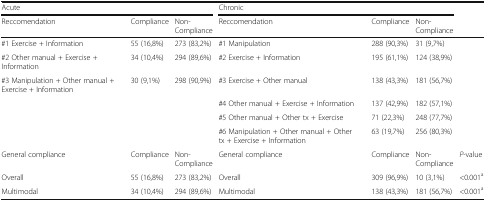
<table><thead><tr><td colspan="3"><b>Acute</b></td><td colspan="3"><b>Chronic</b></td><td></td></tr><tr><td><b>Reccomendation</b></td><td><b>Compliance</b></td><td><b>Non-Compliance</b></td><td><b>Reccomendation</b></td><td><b>Compliance</b></td><td><b>Non-Compliance</b></td><td></td></tr></thead><tbody><tr><td>#1 Exercise + Information</td><td>55 (16,8%)</td><td>273 (83,2%)</td><td>#1 Manipulation</td><td>288 (90,3%)</td><td>31 (9,7%)</td><td></td></tr><tr><td>#2 Other manual + Exercise + Information</td><td>34 (10,4%)</td><td>294 (89,6%)</td><td>#2 Exercise + Information</td><td>195 (61,1%)</td><td>124 (38,9%)</td><td></td></tr><tr><td>#3 Manipulation + Other manual + Exercise + Information</td><td>30 (9,1%)</td><td>298 (90,9%)</td><td>#3 Exercise + Other manual</td><td>138 (43,3%)</td><td>181 (56,7%)</td><td></td></tr><tr><td></td><td></td><td></td><td>#4 Other manual + Exercise + Information</td><td>137 (42,9%)</td><td>182 (57,1%)</td><td></td></tr><tr><td></td><td></td><td></td><td>#5 Other manual + Other tx + Exercise</td><td>71 (22,3%)</td><td>248 (77,7%)</td><td></td></tr><tr><td></td><td></td><td></td><td>#6 Manipulation + Other manual + Other tx + Exercise + Information</td><td>63 (19,7%)</td><td>256 (80,3%)</td><td></td></tr><tr><td>General compliance</td><td>Compliance</td><td>Non-Compliance</td><td>General compliance</td><td>Compliance</td><td>Non-Compliance</td><td><i>P</i>-value</td></tr><tr><td>Overall</td><td>55 (16,8%)</td><td>273 (83,2%)</td><td>Overall</td><td>309 (96,9%)</td><td>10 (3,1%)</td><td>&lt;0.001<sup>a</sup></td></tr><tr><td>Multimodal</td><td>34 (10,4%)</td><td>294 (89,6%)</td><td>Multimodal</td><td>138 (43,3%)</td><td>181 (56,7%)</td><td>&lt;0.001<sup>a</sup></td></tr></tbody></table>